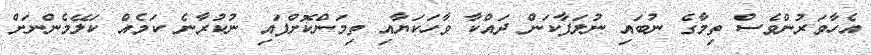
އެހާވަރުންވެސް ތިމާގެ ނުބައި ނުލަފާކަން ދައްކާ ވާހަކަޔާއި ތިމަންކޮށްފައި ނުކުރާނެ ކަމެއް ކަލޭމެންނަށް